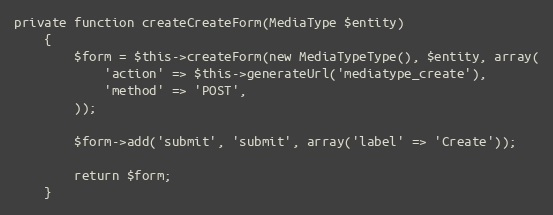
Language: PHP
private function createCreateForm(MediaType $entity)
    {
        $form = $this->createForm(new MediaTypeType(), $entity, array(
            'action' => $this->generateUrl('mediatype_create'),
            'method' => 'POST',
        ));

        $form->add('submit', 'submit', array('label' => 'Create'));

        return $form;
    }